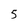
Character: 5